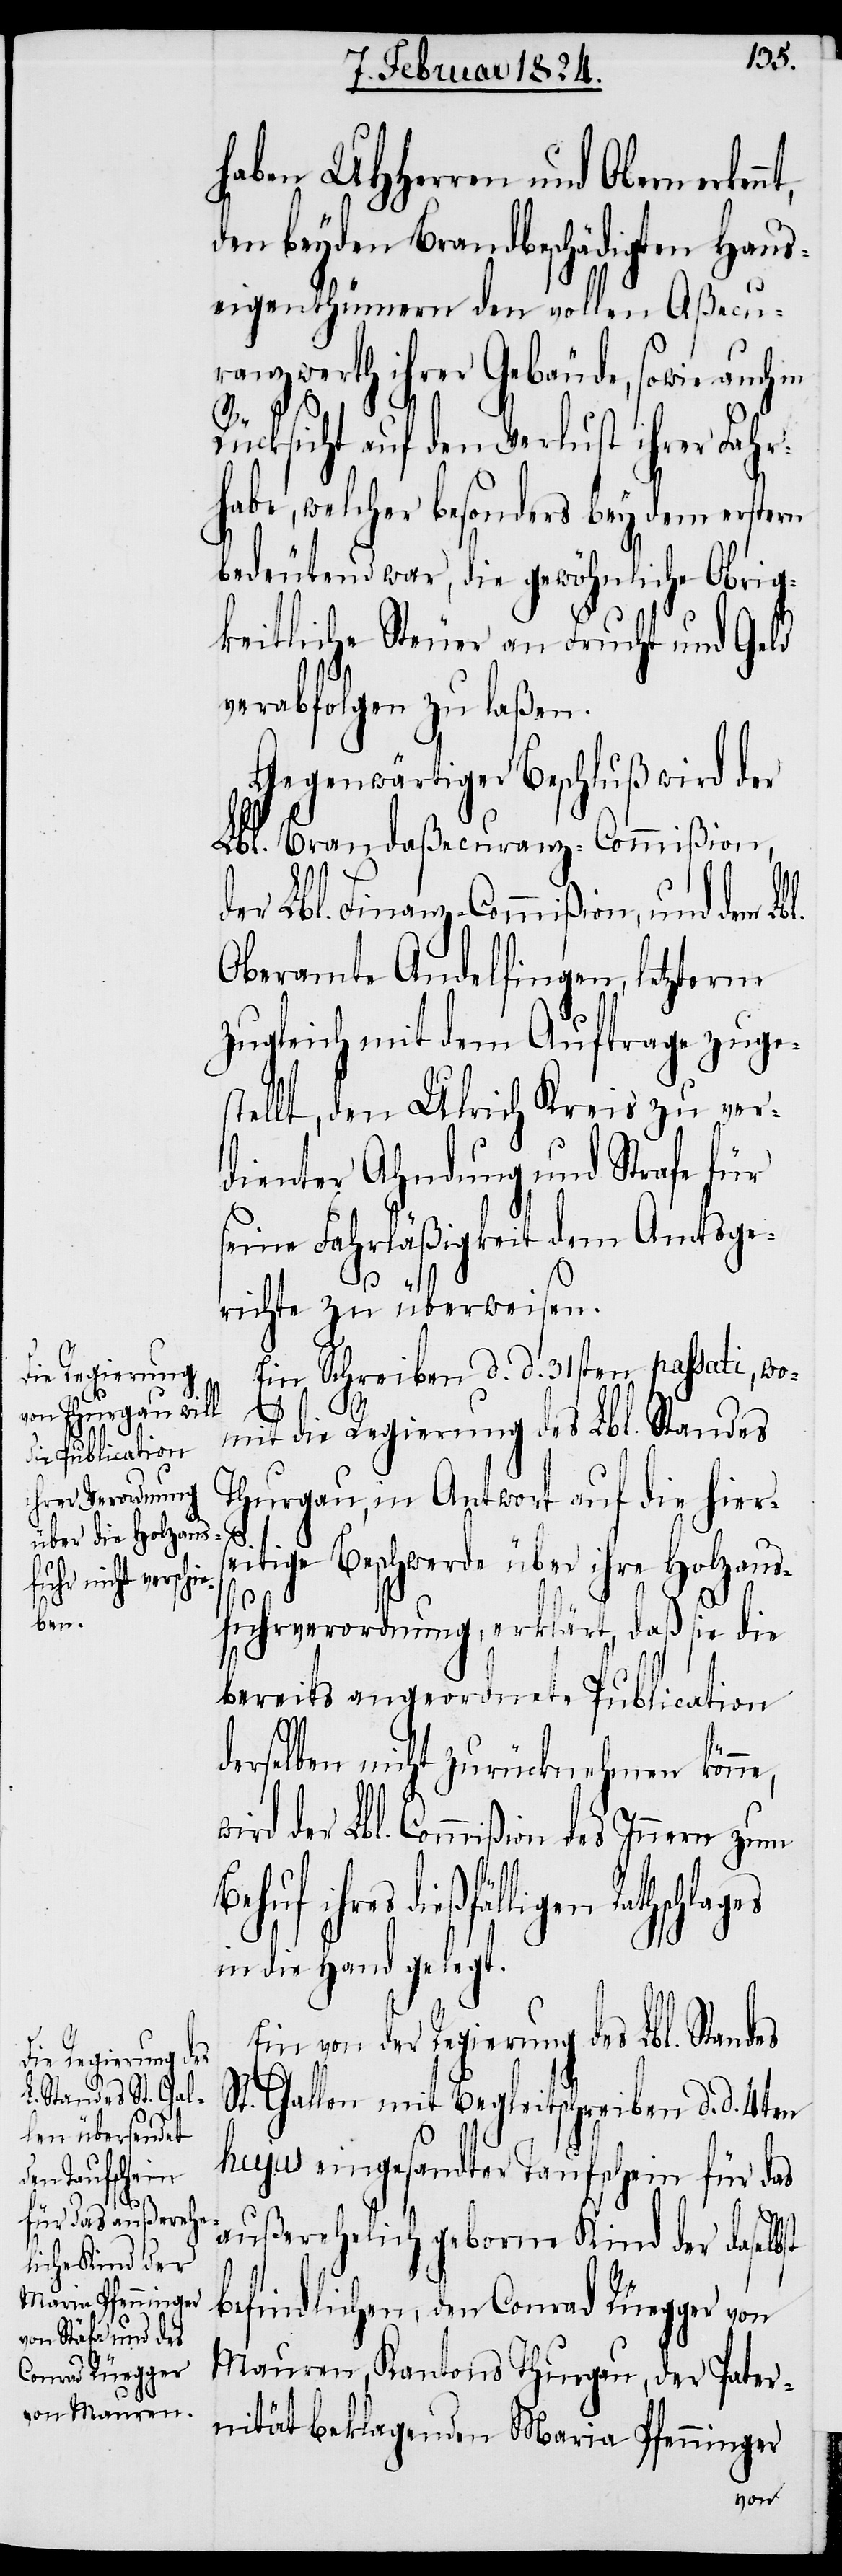
haben UHHerren und Obern erken¬
den beyden Brandbeschädigten Haus¬
eigenthümern den vollen Aßecu¬
ranzwerth ihrer Gebäude, sowie auch in
e,
Rücksicht auf den Verlust ihrer Fahr¬
habe, welcher besonders bey dem erstern
bedeutend war, die gewöhnliche Obrig¬
keitliche Steuer an Frucht und Geld
verabfolgen zu laßen.
Gegenwärtiger Beschluß wird der
Lbl. Brandaßecuranz-Commißion,
nt,
der Lbl. Finanz-Commißion, und dem Lbl.
Oberamte Andelfingen, letzterm
zugleich mit dem Auftrage zuge¬
stellt, den Ulrich Kreis zu ver¬
dienter Ahndung und Strafe für
seine Fahrläßigkeit dem Amtsge¬
richte zu überweisen.
Ein Schreiben d. d. 31sten passati, wo¬
mit die Regierung des Lbl. Standes
Thurgau, in Antwort auf die hiers¬
eitige Beschwerde über ihre Holzaus¬
fuhrverordnung, erklärt, daß sie die
bereits angeordnete Publication
derselben nicht zurücknehmen könn¬
wird der Lbl. Commißion des Innern zum
ihres dießfälligen Rathschlages
in die Hand gelegt.
Ein von der Regierung des Lbl. Standes
St. Gallen mit Begleitschreiben d. d. 4ten
hujus eingesandter Taufschein für das
außerehelich geborne Kind der daselbst
befindlichen, den Conrad Rüegger von
Mauren, Kantons Thurgau, der Pater¬
nität beklagenden Maria Pfenninger